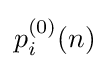
p_{i}^{(0)}(n)